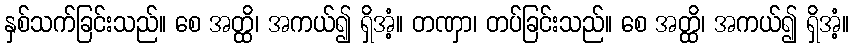
နှစ်သက်ခြင်းသည်။ စေ အတ္ထိ၊ အကယ်၍ ရှိအံ့။ တဏှာ၊ တပ်ခြင်းသည်။ စေ အတ္ထိ၊ အကယ်၍ ရှိအံ့။